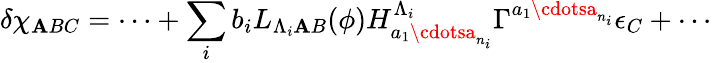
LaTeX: \delta\chi_{\mathbf{A}BC}=\cdots+\sum_{i}b_{i}L_{\Lambda_{i}\mathbf{A}B}(\phi)H_{a_{1}\cdotsa_{n_{i}}}^{\Lambda_{i}}\Gamma^{a_{1}\cdotsa_{n_{i}}}\epsilon_{C}+\cdots